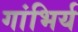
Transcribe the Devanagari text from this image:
गांभिर्य